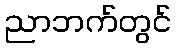
ညာဘက်တွင်